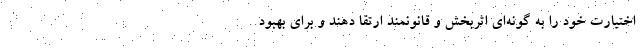
اختیارت خود را به گونه‌ای اثربخش و قانونمند ارتقا دهند و برای بهبود